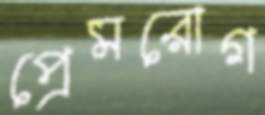
প্রেমরোগ